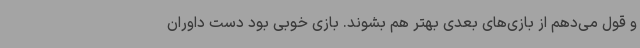
و قول می‌دهم از بازی‌های بعدی بهتر هم بشوند. بازی خوبی بود دست داوران